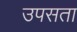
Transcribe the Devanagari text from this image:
उपसता